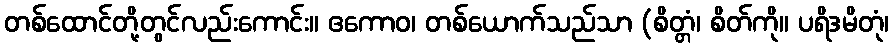
တစ်ထောင်တို့တွင်လည်းကောင်း။ ဧကောဝ၊ တစ်ယောက်သည်သာ (စိတ္တံ၊ စိတ်ကို။ ပရိဒမိတုံ၊